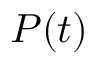
P ( t )